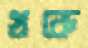
থকে